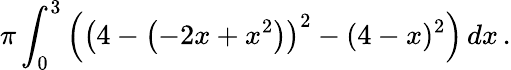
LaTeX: \pi\int_{0}^{3}\left(\left(4-\left(-2x+x^{2}\right)\right)^{2}-(4-x)^{2}\right)\, dx\, .